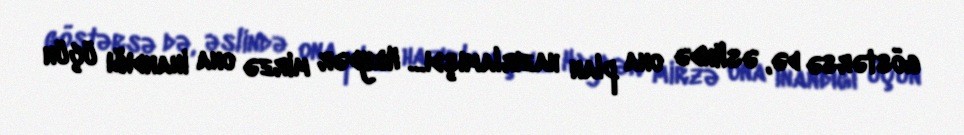
göstərsə də, əslində ona plan hazırlamışdı… Heydər mirzə ona inandığı üçün